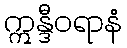
ဣန္ဒီဝရာနံ